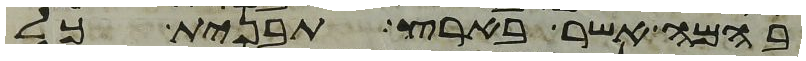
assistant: בהמה אשר בארץ תבנית כל